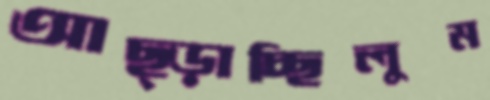
আছ্‌ড়াচ্ছিলুম